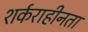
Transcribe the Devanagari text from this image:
शर्कराहीनता